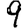
Digit: 9